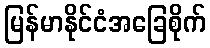
မြန်မာနိုင်ငံအခြေစိုက်